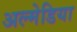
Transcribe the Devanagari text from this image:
अल्मेडिया